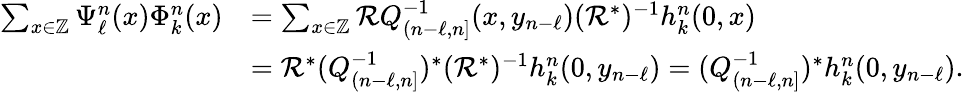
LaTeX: \begin{array}{rl}{\textstyle\sum_{x\in\mathbb{Z}}\Psi_{\ell}^{n}(x)\Phi_{k}^{n}(x)}&{\textstyle=\sum_{x\in\mathbb{Z}}\mathcal{R}Q_{(n-\ell,n]}^{-1}(x,y_{n-\ell})(\mathcal{R}^{*})^{-1}h_{k}^{n}(0,x)}\\ &{\textstyle=\mathcal{R}^{*}(Q_{(n-\ell,n]}^{-1})^{*}(\mathcal{R}^{*})^{-1}h_{k}^{n}(0,y_{n-\ell})=(Q_{(n-\ell,n]}^{-1})^{*}h_{k}^{n}(0,y_{n-\ell}).}\end{array}